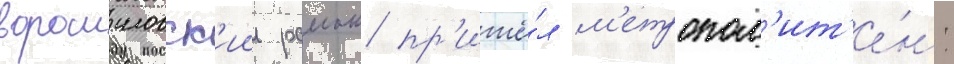
ворошиловск'ии раион пр'ишё́л м'етропол'ит'е́н: